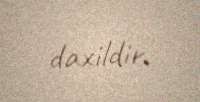
daxildir.